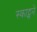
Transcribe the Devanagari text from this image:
स्काट्सने